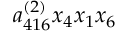
a _ { 4 1 6 } ^ { ( 2 ) } x _ { 4 } x _ { 1 } x _ { 6 }